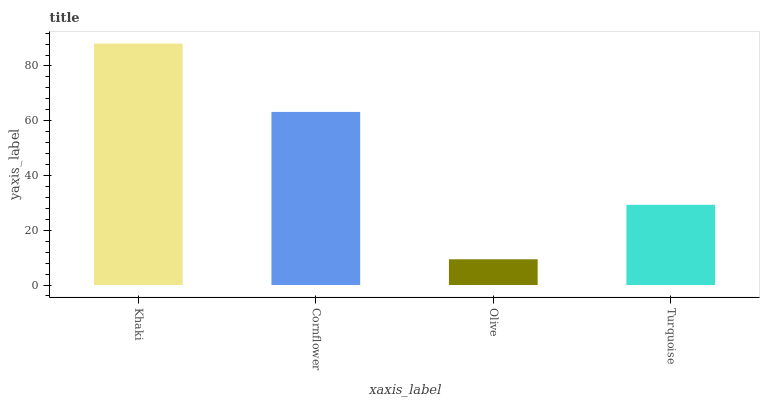
| xaxis_label | bars |
 | --- | --- |
 | Khaki | 88.2 |
 | Cornflower | 63.2 |
 | Olive | 9.4 |
 | Turquoise | 29.3 |